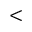
<